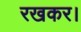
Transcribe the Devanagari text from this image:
रखकर।